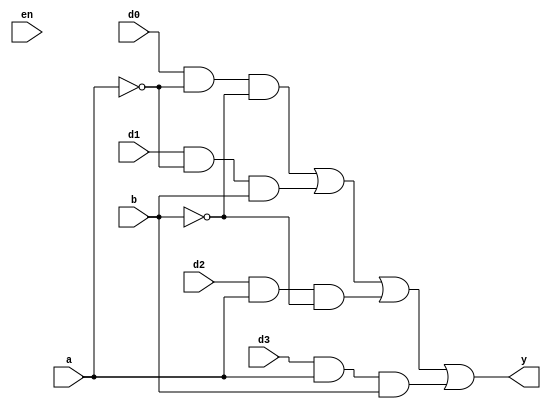
module mux4to1(output y,input en,d0,d1,d2,d3,a,b);
	wire and1,and2,and3,and4;
	and a1(and1,d0,~a,~b);
	and a2(and2,d1,~a,b);
	and a3(and3,d2,a,~b);
	and a4(and4,d3,a,b);
	or o(y,and1,and2,and3,and4);
endmodule
module mux_tb;
	reg d0,d1,d2,d3,a,b,en;
	wire y;
	mux4to1 mux(y,en,d0,d1,d2,d3,a,b);
	initial
	begin
		$dumpfile("mux_test.vcd");
		$dumpvars(0,mux_tb);
		en=1;
		d0=1'b0;d1=1'b0;d2=1'b0;d3=1'b0;a=1'b0;b=1'b0;
			#10;
		d0=1'b1;d1=1'b0;d2=1'b0;d3=1'b0;a=1'b0;b=1'b0;
			#10;
		d0=1'b0;d1=1'b0;d2=1'b0;d3=1'b0;a=1'b0;b=1'b1;
			#10;
		d0=1'b0;d1=1'b1;d2=1'b0;d3=1'b0;a=1'b0;b=1'b1;
			#10;
		d0=1'b0;d1=1'b0;d2=1'b0;d3=1'b0;a=1'b1;b=1'b0;
			#10;
		d0=1'b0;d1=1'b0;d2=1'b1;d3=1'b0;a=1'b1;b=1'b0;
			#10;
		d0=1'b0;d1=1'b0;d2=1'b0;d3=1'b0;a=1'b1;b=1'b1;
			#10;
		d0=1'b0;d1=1'b0;d2=1'b0;d3=1'b1;a=1'b1;b=1'b1;
			#10;
	end
endmodule